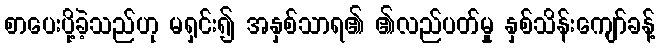
စာပေးပို့ခဲ့သည်ဟု မရှင်း၍ အနှစ်သာရ၏ ၏လည်ပတ်မှု နှစ်သိန်းကျော်ခန့်